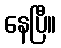
နေပြီ။